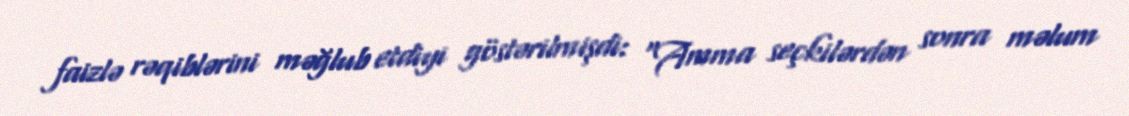
faizlə rəqiblərini məğlub etdiyi göstərilmişdi: “Amma seçkilərdən sonra məlum